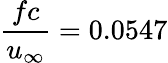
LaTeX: \frac{fc}{u_{\infty}}=0.0547